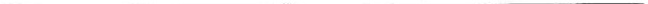
___